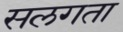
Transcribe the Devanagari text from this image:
सलगता